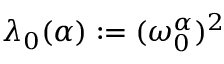
\lambda _ { 0 } ( \alpha ) : = ( \omega _ { 0 } ^ { \alpha } ) ^ { 2 }